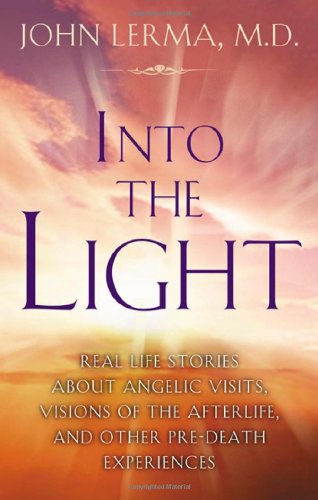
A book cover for Into the Light: Real Life Stories About Angelic Visits, Visions of the Afterlife, and Other Pre-Death Experiences; John Lerma; Religion & Spirituality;